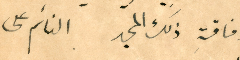
لافاقةِ ذلك المجد النائم على